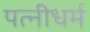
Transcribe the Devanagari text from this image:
पत्‍नीधर्म